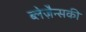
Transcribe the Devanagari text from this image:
ब्लेज़ैन्सकी